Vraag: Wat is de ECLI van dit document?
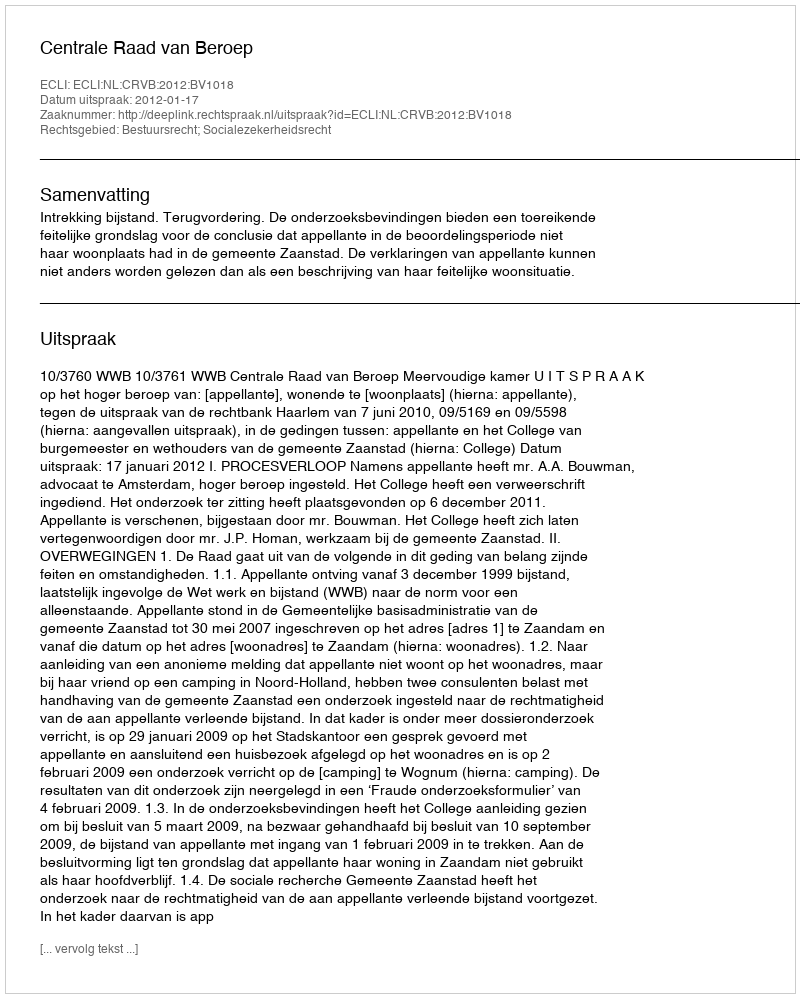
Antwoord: ECLI:NL:CRVB:2012:BV1018